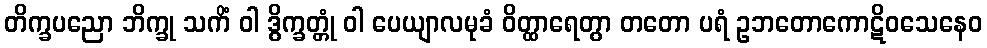
တိက္ခပညော ဘိက္ခု သကိံ ဝါ ဒွိက္ခတ္တုံ ဝါ ပေယျာလမုခံ ဝိတ္ထာရေတွာ တတော ပရံ ဥဘတောကောဋိဝသေနေဝ